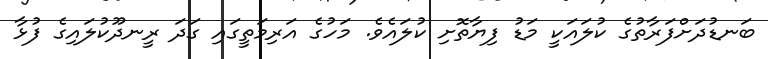
ބަނޑުދަށްފަރާތުގެ ކުލައަކީ މަޑު ފިޔާތޮށި ކުލައެވެ. މަހުގެ އަރިމަތީގައި ގަދަ ރީނދޫކުލައިގެ ފުޅާ